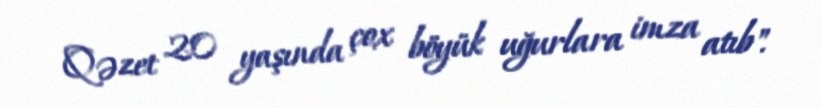
Qəzet 20 yaşında çox böyük uğurlara imza atıb".